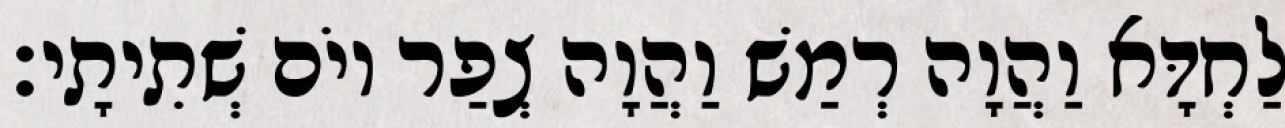
לַחְדָּא וַהֲוָה רְמַשׁ וַהֲוָה צְפַר יוֹם שְׁתִיתָי׃